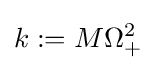
k:=M\Omega _{+}^{2}